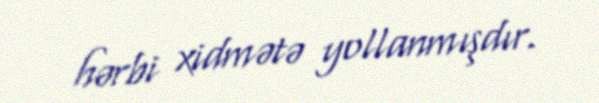
hərbi xidmətə yollanmışdır.